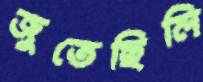
জুতেছিলি